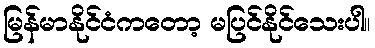
မြန်မာနိုင်ငံကတော့ မပြင်နိုင်သေးပါ။